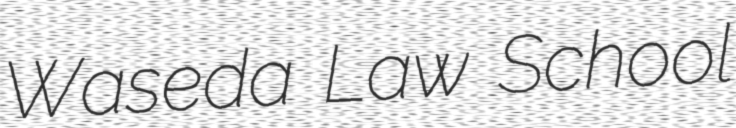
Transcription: Waseda Law School